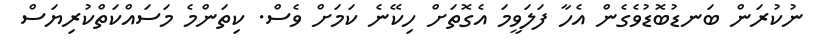
ނުކުރަން ބަނޑުބޮޑުވެގެން އެހާ ފަލަވީމަ އެގޮތަށް ހިކޭނެ ކަމަށް ވެސް. ކިތަންމެ މަސައްކަތްކުރިޔަސް